Newspaper: Chariton courier.
Place of publication: Keytesville, Chariton County, Mo.
Publisher: J.A. Hudson
Date: 1900-03-16 00:00:00
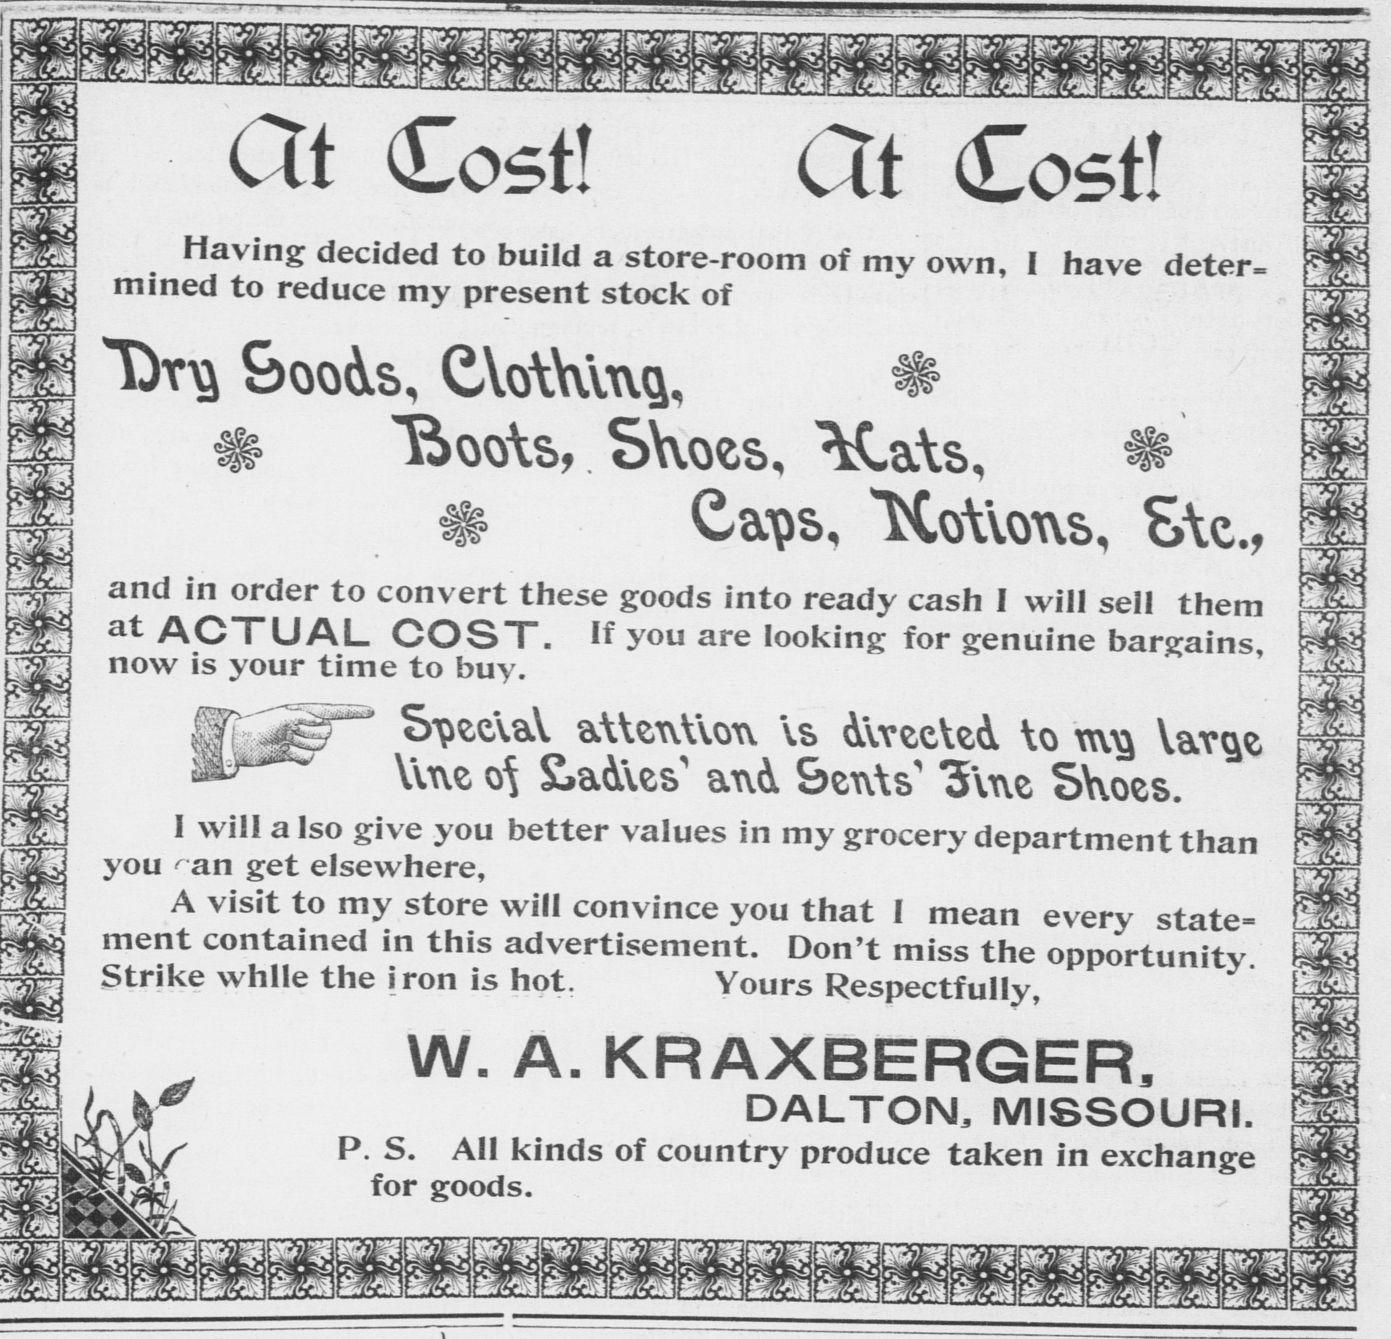
Advertisement text (OCR):
CTt Cost! Cit Cost! Having decided to build a store-room of my own, I have deter, mined to reduce my present stock of Caps, IMoWows, Zz.f and in order to convert these goods into ready cash I will sell them at ACTUAL COST. If you are looking for genuine bargains now is your time to buy. Yiwe 0 ades' axv& Sexrts1 'Suve Shoes. I will also give you better values in my grocery department than you an get elsewhere, A visit to my store will convince you that I mean every state ment contained in this advertisement. Don't miss the opportunity Strike while the i ron is hot. Yours Respectfully, W. A. KRAXBERGER, DALTON, MISSOURI. P. S. All kinds of country produce taken in exchange for goods. ij " ' " MOST
Label: illustrations